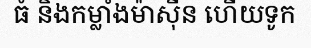
ធំ និងកម្លាំងម៉ាស៊ីន ហើយទូក